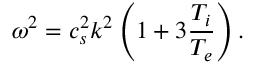
\omega ^ { 2 } = c _ { s } ^ { 2 } k ^ { 2 } \left( 1 + 3 \frac { T _ { i } } { T _ { e } } \right) .